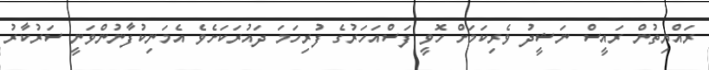
ރައްޔިތުން ރައީސް ނަޝީދު ވެރިކަމަށް ހޮވީ ފަސްއަހަރުގެ ފުރިހަމަ ދައުރަކަށެވެ އެމަނިކުފާނުންވަނީ ސަރުކާރު